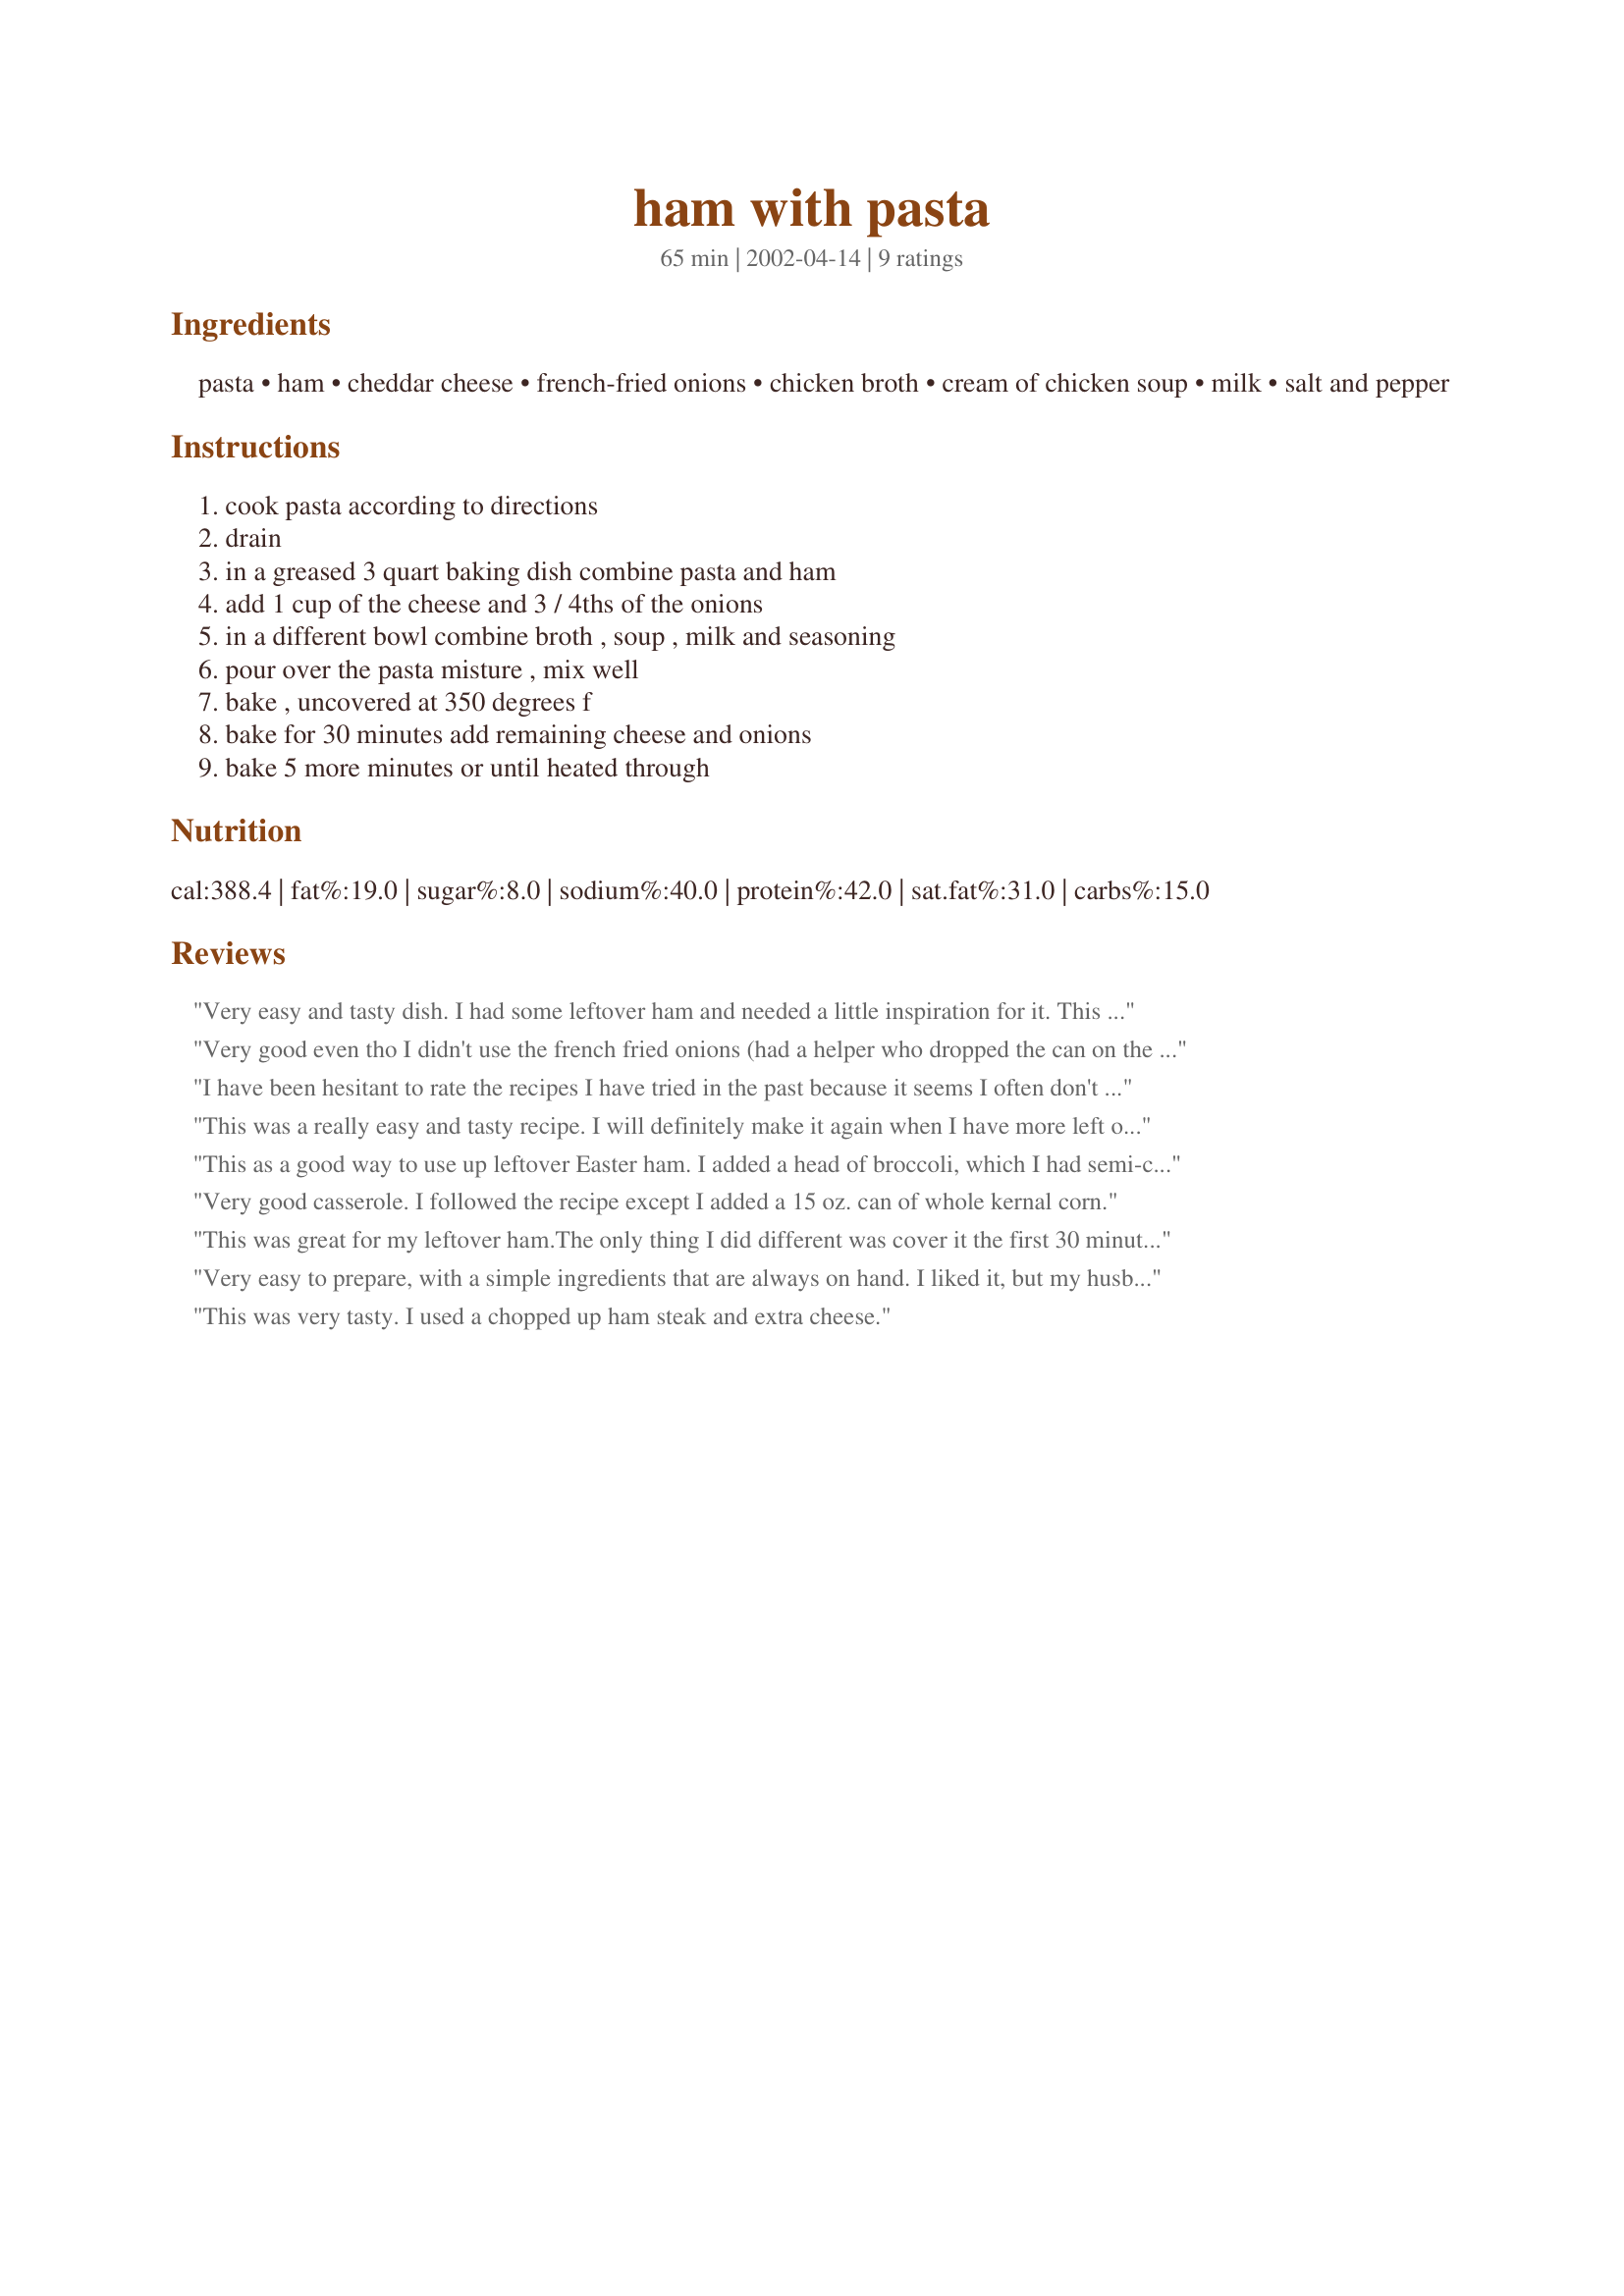
ham with pasta
Preparation time: 65 minutes

Ingredients:
pasta, ham, cheddar cheese, french-fried onions, chicken broth, cream of chicken soup, milk, salt and pepper

Steps:
cook pasta according to directions, drain, in a greased 3 quart baking dish combine pasta and ham, add 1 cup of the cheese and 3 / 4ths of the onions, in a different bowl combine broth , soup , milk and seasoning, pour over the pasta misture , mix well, bake , uncovered at 350 degrees f, bake for 30 minutes add remaining cheese and onions, bake 5 more minutes or until heated through

Reviews:
Very easy and tasty dish. I had some leftover ham and needed a little inspiration for it. This comfort food was just the ticket. I used wide egg noodles for the pasta and served this with steamed broccoli and a tomato, cucumber and onion salad. Very easy meal for a lazy day. Hubby was pleased.
Very good even tho I didn't use the french fried onions (had a helper who dropped the can on the floor!) I made Broccoli florets along with this and we ended up mixing them with the noodle mixture on our plate...YUMMY, next time I will mix the broccoli into the dish and bake. It's nice to use up all the left over ham with a dish like this.
I have been hesitant to rate the recipes I have tried in the past because it seems I often don't have all the ingredients and have to make substitutions. It seems a little strange to rate a recipe which I changed. However I have noticed that lots of people seem to do this also. 

Anyway I used a can of undiluted mushroom soup instead of the chicken. I also used 2 cups of cheddar cheese sauce I had left over that needed to be used instead of the shredded cheese. (I purchase the huge cans at wholesale stores for use in various recipes...even for mexican dishes which I just add the needed jalepenos to.) I generally freeze the leftovers which aren't used when the can is opened...but for some reason didn't this time. I topped the dish with buttered bread crumbs so that the cheese wouldn't burn on the top and that the dish would stay moist. It was a great hit with the whole family. I will make this one again!
This was a really easy and tasty recipe. I will definitely make it again when I have more left over ham to get rid of.
This as a good way to use up leftover Easter ham. I added a head of broccoli, which I had semi-cooked first by draining the pasta over it. I substituted cream of mushroom soup for cream of chicken. Next time I would use about 2/3 of the recommended amount of pasta . . . 16 oz. is way too much for our taste.
Very good casserole. I followed the recipe except I added a 15 oz. can of whole kernal corn.
This was great for my leftover ham.The only thing I did different was cover it the first 30 minutes, I hate when the noodles get crunchy, then uncovered it for the last bit of cheese and onions to brown. We all liked it here.
Very easy to prepare, with a simple ingredients that are always on hand. I liked it, but my husband and his friends LOVED it. I made this a week ago, and tonight, my husband asked, "Hey, why don't you make that ham/pasta thing again?"
This was very tasty. I used a chopped up ham steak and extra cheese.
